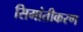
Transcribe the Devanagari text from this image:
सिमांतीकरण